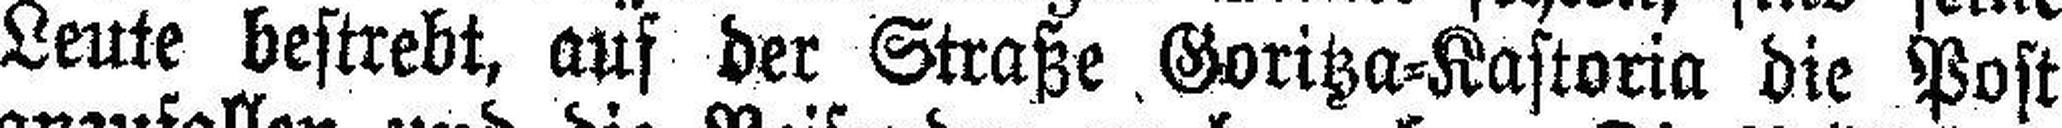
Leute bestrebt, auf der Straße Goritza=Kastoria die Post